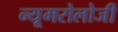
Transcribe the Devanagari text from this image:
न्यूमरोलोजी